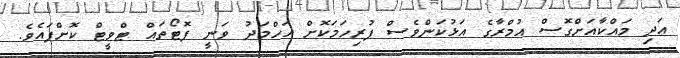
އަދި މައްކާއަށްގޮސް އުމްރާގެ އަޅުކަންވެސް ފުރިހަމަކޮށް އަހްމަދު ވަނީ ފޮޓޯތައް ޓްވީޓް ކޮށްފައެވެ.